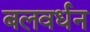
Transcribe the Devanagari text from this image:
बलवर्धन